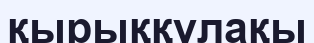
қырыққұлақы